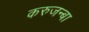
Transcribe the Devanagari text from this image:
करुजन्बा